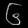
Digit: ၆